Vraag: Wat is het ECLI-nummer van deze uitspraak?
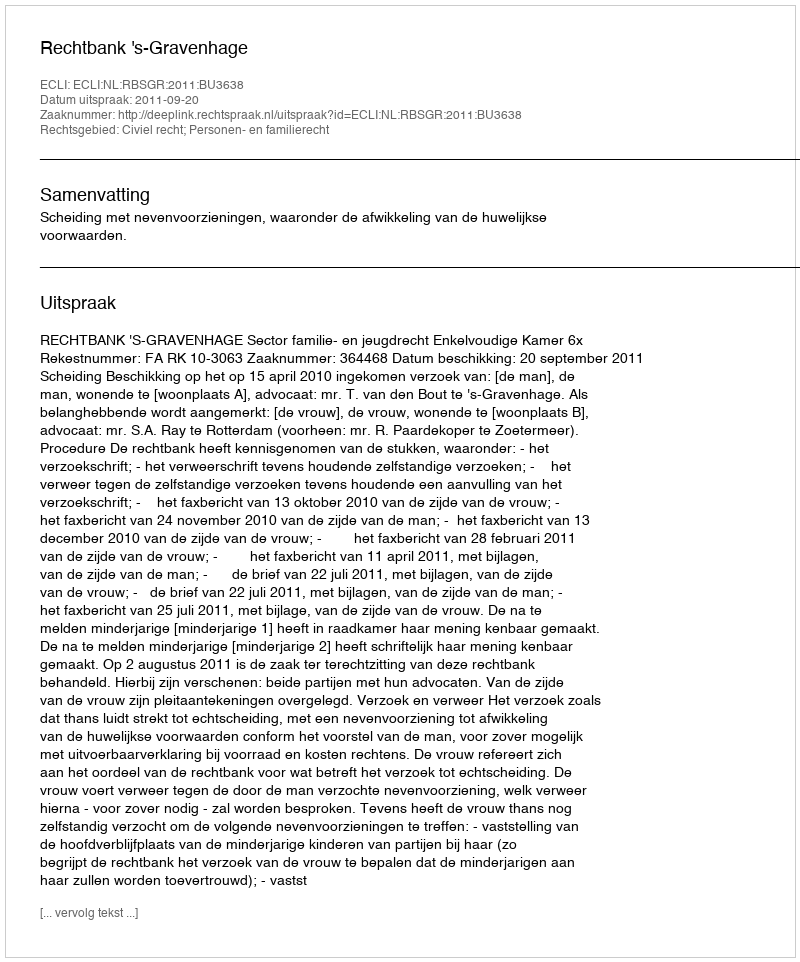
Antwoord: ECLI:NL:RBSGR:2011:BU3638